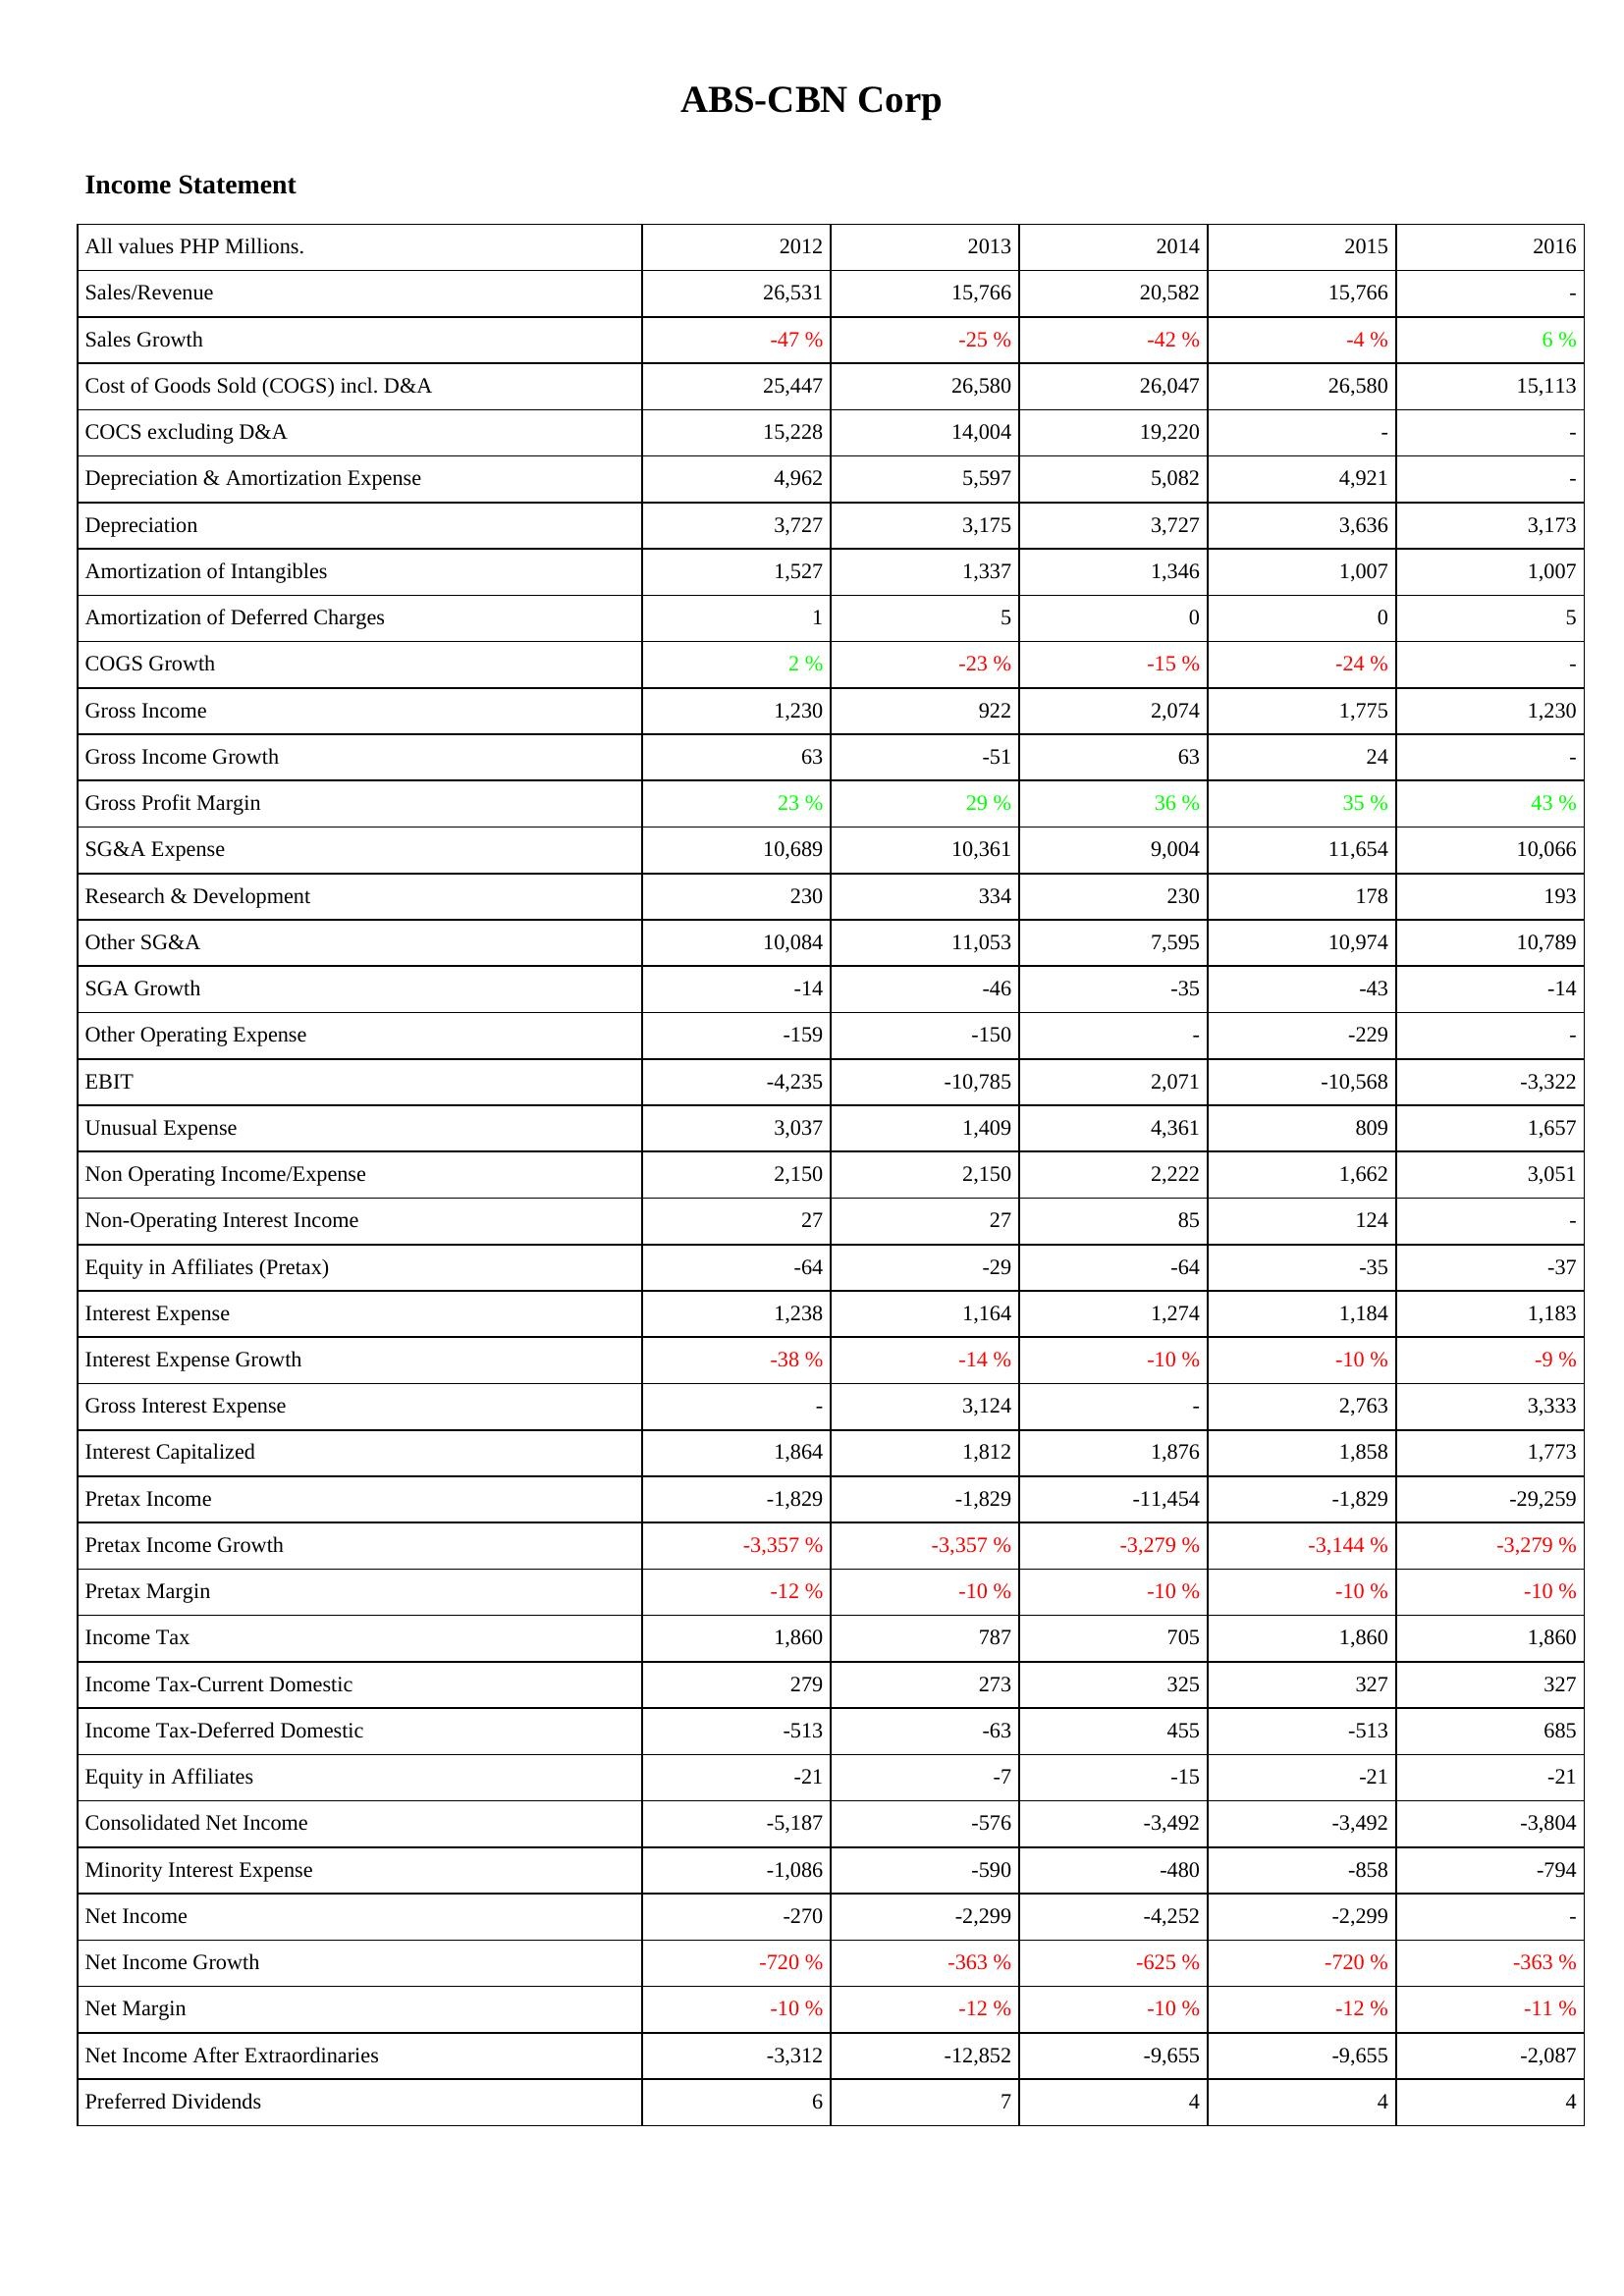
2012: Income Statement: Sales/Revenue: 26,531
Sales Growth: -47 %
Cost of Goods Sold (COGS) incl. D&A: 25,447
COCS excluding D&A: 15,228
Depreciation & Amortization Expense: 4,962
Depreciation: 3,727
Amortization of Intangibles: 1,527
Amortization of Deferred Charges: 1
COGS Growth: 2 %
Gross Income: 1,230
Gross Income Growth: 63
Gross Profit Margin: 23 %
SG&A Expense: 10,689
Research & Development: 230
Other SG&A: 10,084
SGA Growth: -14
Other Operating Expense: -159
EBIT: -4,235
Unusual Expense: 3,037
Non Operating Income/Expense: 2,150
Non-Operating Interest Income: 27
Equity in Affiliates (Pretax): -64
Interest Expense: 1,238
Interest Expense Growth: -38 %
Gross Interest Expense: -
Interest Capitalized: 1,864
Pretax Income: -1,829
Pretax Income Growth: -3,357 %
Pretax Margin: -12 %
Income Tax: 1,860
Income Tax-Current Domestic: 279
Income Tax-Deferred Domestic: -513
Equity in Affiliates: -21
Consolidated Net Income: -5,187
Minority Interest Expense: -1,086
Net Income: -270
Net Income Growth: -720 %
Net Margin: -10 %
Net Income After Extraordinaries: -3,312
Preferred Dividends: 6
2013: Income Statement: Sales/Revenue: 15,766
Sales Growth: -25 %
Cost of Goods Sold (COGS) incl. D&A: 26,580
COCS excluding D&A: 14,004
Depreciation & Amortization Expense: 5,597
Depreciation: 3,175
Amortization of Intangibles: 1,337
Amortization of Deferred Charges: 5
COGS Growth: -23 %
Gross Income: 922
Gross Income Growth: -51
Gross Profit Margin: 29 %
SG&A Expense: 10,361
Research & Development: 334
Other SG&A: 11,053
SGA Growth: -46
Other Operating Expense: -150
EBIT: -10,785
Unusual Expense: 1,409
Non Operating Income/Expense: 2,150
Non-Operating Interest Income: 27
Equity in Affiliates (Pretax): -29
Interest Expense: 1,164
Interest Expense Growth: -14 %
Gross Interest Expense: 3,124
Interest Capitalized: 1,812
Pretax Income: -1,829
Pretax Income Growth: -3,357 %
Pretax Margin: -10 %
Income Tax: 787
Income Tax-Current Domestic: 273
Income Tax-Deferred Domestic: -63
Equity in Affiliates: -7
Consolidated Net Income: -576
Minority Interest Expense: -590
Net Income: -2,299
Net Income Growth: -363 %
Net Margin: -12 %
Net Income After Extraordinaries: -12,852
Preferred Dividends: 7
2014: Income Statement: Sales/Revenue: 20,582
Sales Growth: -42 %
Cost of Goods Sold (COGS) incl. D&A: 26,047
COCS excluding D&A: 19,220
Depreciation & Amortization Expense: 5,082
Depreciation: 3,727
Amortization of Intangibles: 1,346
Amortization of Deferred Charges: 0
COGS Growth: -15 %
Gross Income: 2,074
Gross Income Growth: 63
Gross Profit Margin: 36 %
SG&A Expense: 9,004
Research & Development: 230
Other SG&A: 7,595
SGA Growth: -35
Other Operating Expense: -
EBIT: 2,071
Unusual Expense: 4,361
Non Operating Income/Expense: 2,222
Non-Operating Interest Income: 85
Equity in Affiliates (Pretax): -64
Interest Expense: 1,274
Interest Expense Growth: -10 %
Gross Interest Expense: -
Interest Capitalized: 1,876
Pretax Income: -11,454
Pretax Income Growth: -3,279 %
Pretax Margin: -10 %
Income Tax: 705
Income Tax-Current Domestic: 325
Income Tax-Deferred Domestic: 455
Equity in Affiliates: -15
Consolidated Net Income: -3,492
Minority Interest Expense: -480
Net Income: -4,252
Net Income Growth: -625 %
Net Margin: -10 %
Net Income After Extraordinaries: -9,655
Preferred Dividends: 4
2015: Income Statement: Sales/Revenue: 15,766
Sales Growth: -4 %
Cost of Goods Sold (COGS) incl. D&A: 26,580
COCS excluding D&A: -
Depreciation & Amortization Expense: 4,921
Depreciation: 3,636
Amortization of Intangibles: 1,007
Amortization of Deferred Charges: 0
COGS Growth: -24 %
Gross Income: 1,775
Gross Income Growth: 24
Gross Profit Margin: 35 %
SG&A Expense: 11,654
Research & Development: 178
Other SG&A: 10,974
SGA Growth: -43
Other Operating Expense: -229
EBIT: -10,568
Unusual Expense: 809
Non Operating Income/Expense: 1,662
Non-Operating Interest Income: 124
Equity in Affiliates (Pretax): -35
Interest Expense: 1,184
Interest Expense Growth: -10 %
Gross Interest Expense: 2,763
Interest Capitalized: 1,858
Pretax Income: -1,829
Pretax Income Growth: -3,144 %
Pretax Margin: -10 %
Income Tax: 1,860
Income Tax-Current Domestic: 327
Income Tax-Deferred Domestic: -513
Equity in Affiliates: -21
Consolidated Net Income: -3,492
Minority Interest Expense: -858
Net Income: -2,299
Net Income Growth: -720 %
Net Margin: -12 %
Net Income After Extraordinaries: -9,655
Preferred Dividends: 4
2016: Income Statement: Sales/Revenue: -
Sales Growth: 6 %
Cost of Goods Sold (COGS) incl. D&A: 15,113
COCS excluding D&A: -
Depreciation & Amortization Expense: -
Depreciation: 3,173
Amortization of Intangibles: 1,007
Amortization of Deferred Charges: 5
COGS Growth: -
Gross Income: 1,230
Gross Income Growth: -
Gross Profit Margin: 43 %
SG&A Expense: 10,066
Research & Development: 193
Other SG&A: 10,789
SGA Growth: -14
Other Operating Expense: -
EBIT: -3,322
Unusual Expense: 1,657
Non Operating Income/Expense: 3,051
Non-Operating Interest Income: -
Equity in Affiliates (Pretax): -37
Interest Expense: 1,183
Interest Expense Growth: -9 %
Gross Interest Expense: 3,333
Interest Capitalized: 1,773
Pretax Income: -29,259
Pretax Income Growth: -3,279 %
Pretax Margin: -10 %
Income Tax: 1,860
Income Tax-Current Domestic: 327
Income Tax-Deferred Domestic: 685
Equity in Affiliates: -21
Consolidated Net Income: -3,804
Minority Interest Expense: -794
Net Income: -
Net Income Growth: -363 %
Net Margin: -11 %
Net Income After Extraordinaries: -2,087
Preferred Dividends: 4